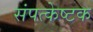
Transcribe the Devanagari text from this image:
संपत्केष्टक